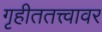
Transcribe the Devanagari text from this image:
गृहीततत्त्वावर